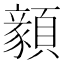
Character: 顡